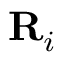
\mathbf { R } _ { i }